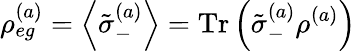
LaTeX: \rho_{eg}^{(a)}=\left\langle\tilde{\sigma}_{-}^{(a)}\right\rangle=\mathrm{Tr}\left(\tilde{\sigma}_{-}^{(a)}\rho^{(a)}\right)